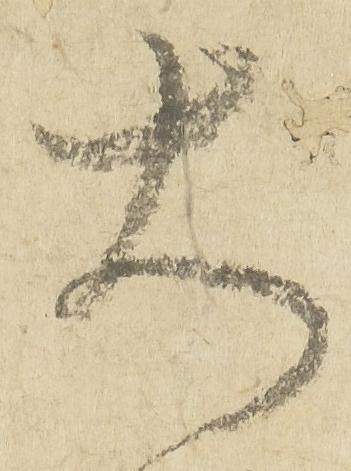
大